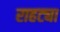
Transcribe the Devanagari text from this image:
राहट्या